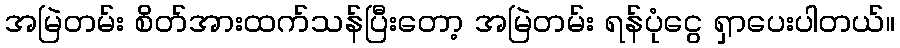
အမြဲတမ်း စိတ်အားထက်သန်ပြီးတော့ အမြဲတမ်း ရန်ပုံငွေ ရှာပေးပါတယ်။